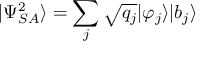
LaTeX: | \Psi _ { S A } ^ { 2 } \rangle = \sum _ { j } { \sqrt { q _ { j } } } | \varphi _ { j } \rangle | b _ { j } \rangle